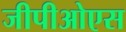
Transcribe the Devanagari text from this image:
जीपीओएस